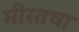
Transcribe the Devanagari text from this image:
मीरतचा